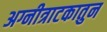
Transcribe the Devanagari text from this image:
अग्नीत्राटकातुन